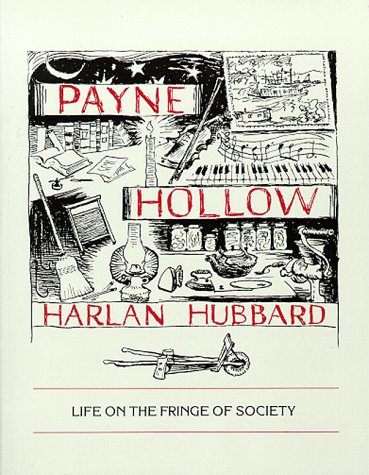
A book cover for Payne Hollow: Life on the Fringe of Society; Harlan Hubbard; Biographies & Memoirs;